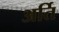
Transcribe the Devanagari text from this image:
अर्ति